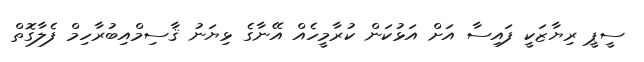
ސީޕީ ރިޔާޒަކީ ފައިސާ އަށް އަޅުކަން ކުރާމީހެއް އޭނާގެ ޅިޔަނު ޤާސިމްއިބުރާހިމް ފެލާގޮތް